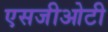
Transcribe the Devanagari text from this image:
एसजीओटी